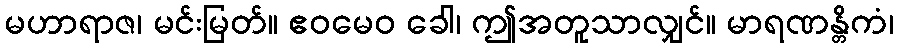
မဟာရာဇ၊ မင်းမြတ်။ ဧဝမေဝ ခေါ၊ ဤအတူသာလျှင်။ မာရဏန္တိကံ၊